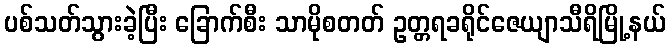
ပစ်သတ်သွားခဲ့ပြီး ခြောက်စီး သာမိုစတတ် ဥတ္တရခရိုင်ဇေယျာသီရိမြို့နယ်